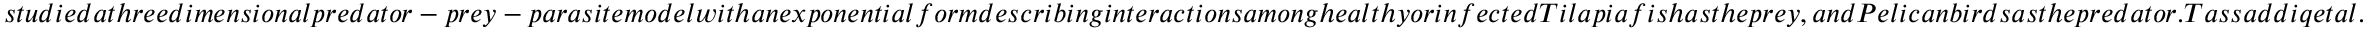
s t u d i e d a t h r e e d i m e n s i o n a l p r e d a t o r - p r e y - p a r a s i t e m o d e l w i t h a n e x p o n e n t i a l f o r m d e s c r i b i n g i n t e r a c t i o n s a m o n g h e a l t h y o r i n f e c t e d T i l a p i a f i s h a s t h e p r e y , a n d P e l i c a n b i r d s a s t h e p r e d a t o r . T a s s a d d i q e t a l .